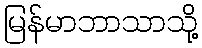
မြန်မာဘာသာသို့